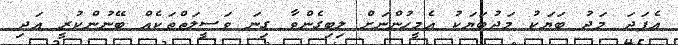
އެފަދަ މަދު ބަޔަކު މަދުބަޔަކު އެމީހުންނަށް ލިބިގެންވާ ގިނަ ވަސީލަތްތަކެއް ބޭނުންކުރީ އަދި